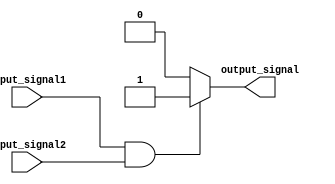
module GenerateFunction
  #(
    parameter INPUT_PARAM1 = 1,
    parameter INPUT_PARAM2 = 0
  )
(
  input wire input_signal1,
  input wire input_signal2,
  output wire output_signal
);

  // Behavioral modeling block for Generate Function
  reg output_reg;

  always @* begin
    if(input_signal1 && input_signal2) begin
      output_reg = INPUT_PARAM1;
    end else begin
      output_reg = INPUT_PARAM2;
    end
  end

  // Assigning output signal
  assign output_signal = output_reg;

endmodule